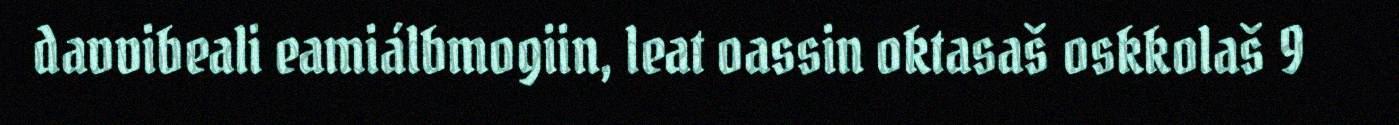
davvibeali eamiálbmogiin, leat oassin oktasaš oskkolaš 9